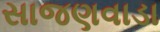
સાજણવાડા